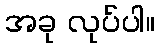
အခု လုပ်ပါ။